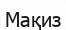
Мақиз